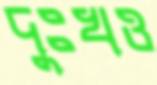
দুঃখও